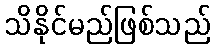
သိနိုင်မည်ဖြစ်သည်